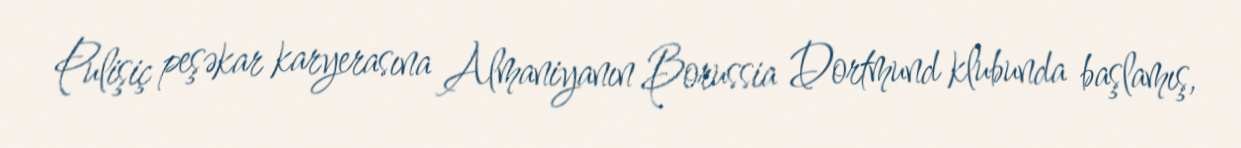
Pulişiç peşəkar karyerasına Almaniyanın Borussia Dortmund klubunda başlamış,